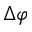
\Delta \varphi